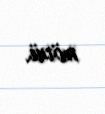
növü.